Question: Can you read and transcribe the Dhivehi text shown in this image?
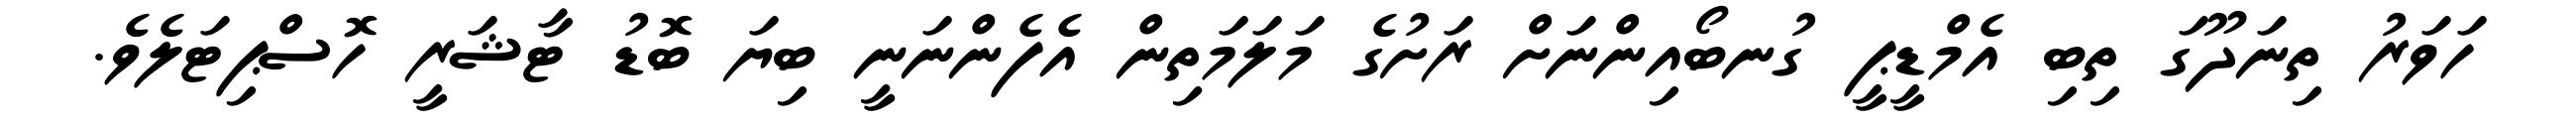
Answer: ހަވަރު ތިނަދޫގަ ތިބި އެމްޑީޕީ ގުނބޯއިންނަށް ރަށުގެ މަލަމަތިން އެފެންނަނީ ބިޔަ ބޮޑު ޓާޝަރީ ހޮސްޕިޓަލެވެ.